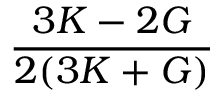
\frac { 3 K - 2 G } { 2 ( 3 K + G ) }